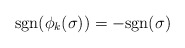
\begin{align*}\mathrm{sgn}(\phi_k(\sigma))=-\mathrm{sgn}(\sigma)\end{align*}